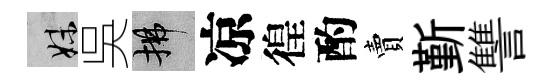
妹吳拂凉徨酌賣斳讐